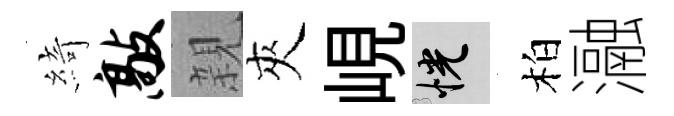
綺敲親夾峴恍柏瀜